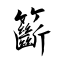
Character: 籪